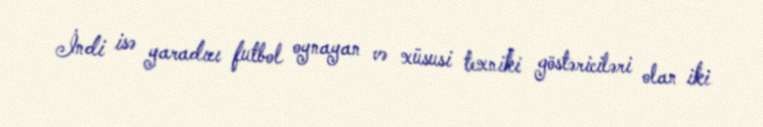
İndi isə yaradıcı futbol oynayan və xüsusi texniki göstəriciləri olan iki